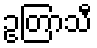
ဥတြာသီ